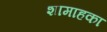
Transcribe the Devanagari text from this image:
शामाहका